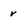
Character: V